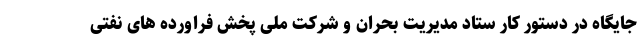
جایگاه در دستور کار ستاد مدیریت بحران و شرکت ملی پخش فراورده های نفتی